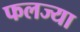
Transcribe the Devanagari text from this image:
फलज्या